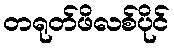
တရုတ်ဖိလစ်ပိုင်